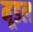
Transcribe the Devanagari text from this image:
मूडल